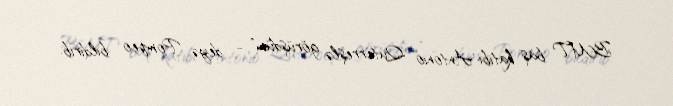
BMT baş katibi Antonio Quterreşlə görüşdüm”, - deyə, Pompeo bildirib.